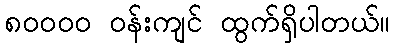
၈၀၀၀၀ ဝန်းကျင် ထွက်ရှိပါတယ်။